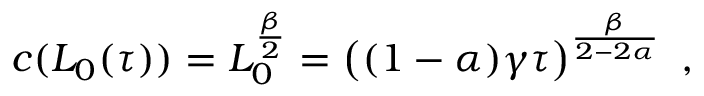
\begin{array} { r } { c ( L _ { 0 } ( \tau ) ) = L _ { 0 } ^ { \frac { \beta } { 2 } } = \left( ( 1 - \alpha ) \gamma \tau \right) ^ { \frac { \beta } { 2 - 2 \alpha } } \ , } \end{array}